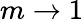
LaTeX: m\rightarrow 1